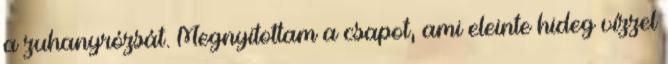
a zuhanyrózsát. Megnyitottam a csapot, ami eleinte hideg vízzel